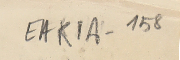
EAK1A- 158